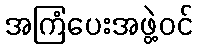
အကြံပေးအဖွဲ့ဝင်